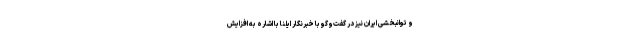
و توانبخشی ایران نیز در گفت‌وگو با خبرنگار ایلنا با اشاره به افزایش